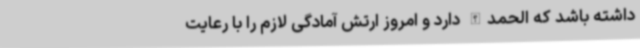
داشته باشد که الحمدالله دارد و امروز ارتش آمادگی لازم را با رعایت